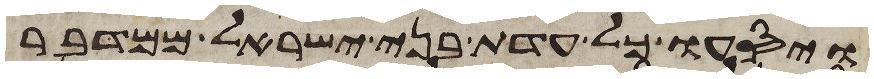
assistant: ויסעו כל עדת בני ישראל ממדבר